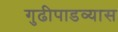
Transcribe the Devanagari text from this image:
गुढीपाडव्यास